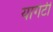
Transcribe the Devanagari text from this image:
यागंटी